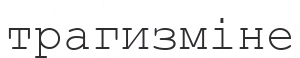
трагизміне